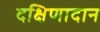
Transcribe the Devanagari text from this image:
दक्षिणादान